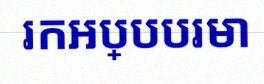
រកអប្បបរមា